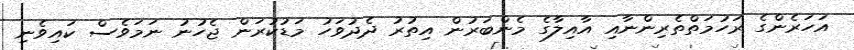
އަހަރެންގެ ރަހުމަތްތެރިންނާއި އާއިލާގެ މެންބަރުން އިތުރު ދެދުވަހު މަޑުކުރަން ޖެހުނު ނަމަވެސް ކައިވެނި